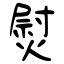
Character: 熨